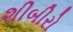
શીબીરો